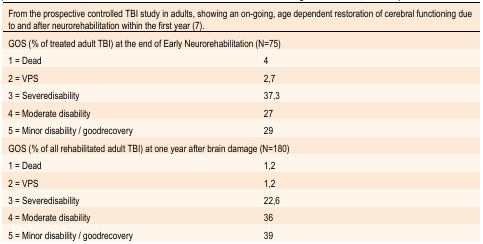
| From the prospective controlled TBI study in adults, showing an on-going, age dependent restoration of cerebral functioning due to and after neurorehabilitation within the first year (7). |
 | --- |
 | GOS (% of treated adult TBI) at the end of Early Neurorehabilitation (N=75) |  |
 | 1 = Dead | 4 |
 | 2 = VPS | 2,7 |
 | 3 = Severedisability | 37,3 |
 | 4 = Moderate disability | 27 |
 | 5 = Minor disability / goodrecovery | 29 |
 | GOS (% of all rehabilitated adult TBI) at one year after brain damage (N=180) |  |
 | 1 = Dead | 1,2 |
 | 2 = VPS | 1,2 |
 | 3 = Severedisability | 22,6 |
 | 4 = Moderate disability | 36 |
 | 5 = Minor disability / goodrecovery | 39 |